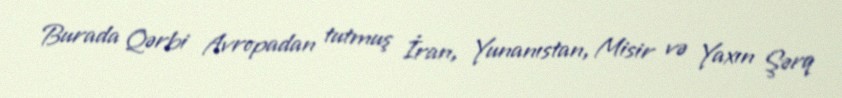
Burada Qərbi Avropadan tutmuş İran, Yunanıstan, Misir və Yaxın Şərq